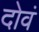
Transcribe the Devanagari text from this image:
दोवं